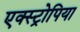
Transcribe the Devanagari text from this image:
एक्स्ट्रोपिया